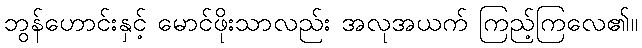
ဘွန်ဟောင်းနှင့် မောင်ဖိုးသာလည်း အလုအယက် ကြည့်ကြလေ၏။